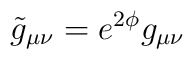
\tilde g_{\mu\nu} =	e^{2\phi} g_{\mu\nu}